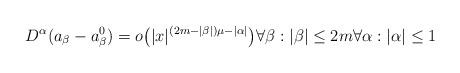
LaTeX: \begin{align*}D^\alpha (a_\beta -a^0_\beta )=o\bigl(|x|^{(2m-|\beta |)\mu -|\alpha |}\bigr)\forall \beta :|\beta |\le 2m\forall \alpha :|\alpha |\le 1\end{align*}